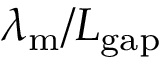
\lambda _ { \mathrm { m } } / L _ { \mathrm { g a p } }